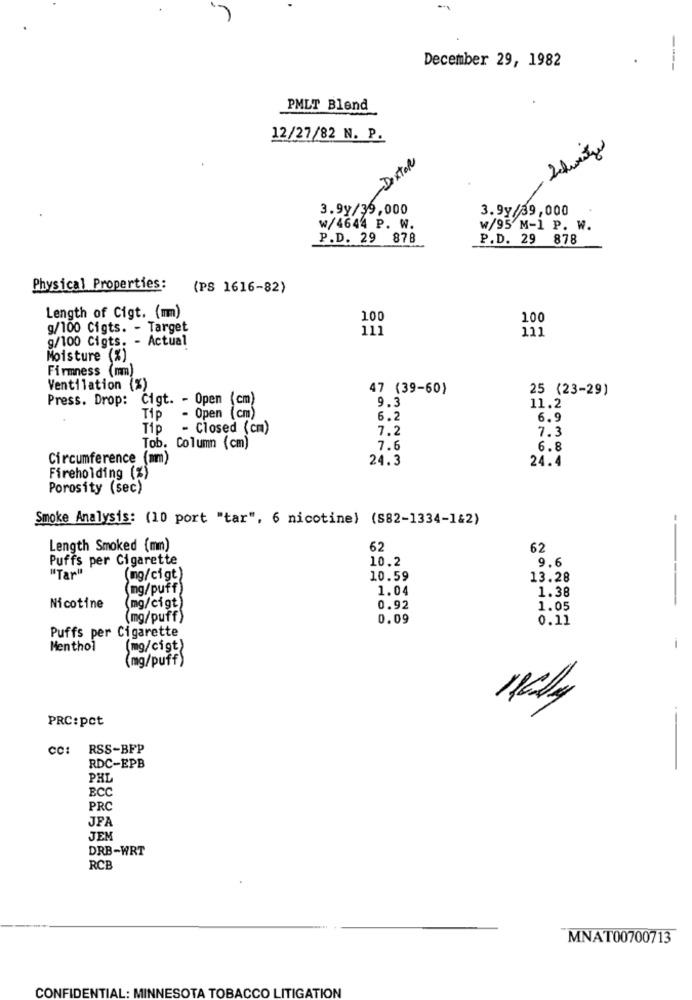
December 29, 1982
----
PMLT Blend
12/27/82 N. P.
Schweitzer
-Dextol
3.9y/39,000
3.9y/39,000
W/4644 P. W.
w/95 M-1 P. W.
P.D. 29 878
P.D. 29 878
Physical Properties:
(PS 1616-82)
Length of Cigt. (mm)
100
100
g/100 Cigts. - Target
111
111
g/100 Cigts. - Actual
Moisture (%)
Firmness (mm)
Ventilation (%)
47 (39-60)
25 (23-29)
Press. Drop: Cigt. - Open (cm)
9.3
- Open (cm)
11.2
Tip
6.2
6.9
Tip
- Closed (cm)
7.2
7.3
Tob. Column (cm)
7.6
6.8
Circumference (mm)
24.3
24.4
Fireholding (%)
Porosity (sec)
Smoke Analysis: (10 port "tar", 6 nicotine) (S82-1334-1&2)
Length Smoked (mm)
62
62
Puffs per Cigarette
10.2
9.6
"Tar"
(mg/cigt)
10.59
13.28
(mg/puff)
1.04
1.38
Nicotine
(mg/cigt)
0.92
1.05
(mg/puff)
0.09
0.11
Puffs per Cigarette
Menthol
(mg/cigt)
-
(mg/puff)
PRC: pct
cc: RSS-BFP
RDC-EPB
PHL
BCC
PRC
JFA
JEM
DRB-WRT
RCB
MNAT00700713
CONFIDENTIAL: MINNESOTA TOBACCO LITIGATION